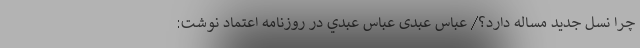
چرا نسل جديد مساله دارد؟/ عباس عبدی عباس عبدي در روزنامه اعتماد نوشت: